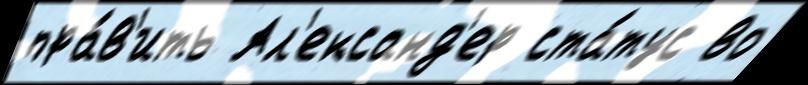
пра́в'ить Ал'ександ'ер ста́тус во